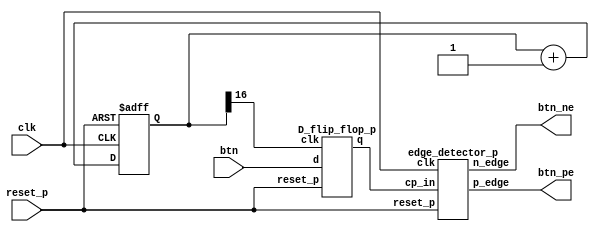
`timescale 1ns / 1ps
module button_cntr(
    input clk,
    input reset_p,
    input btn,
    output btn_pe, 
    output btn_ne
    );
    reg [16:0] clk_div;
    always @(posedge clk or posedge reset_p) begin
        if(reset_p) clk_div <= 0;
        else clk_div <= clk_div + 1;
    end

    wire debounced_btn;
    D_flip_flop_p dff1(.d(btn),.clk(clk_div[16]),.reset_p(reset_p),.q(debounced_btn));
	edge_detector_p edn_top1(.clk(clk), .cp_in(debounced_btn), .reset_p(reset_p), .p_edge(btn_pe), .n_edge(btn_ne));
    
endmodule

module D_flip_flop_p(
    input d,
    input clk,
    input reset_p,
    output reg q
    );
    
    always@(posedge clk or posedge reset_p)begin
        if(reset_p) q = 0;
        else q=d;
    end
    
endmodule

module edge_detector_p(
    input clk,
    input cp_in,
    input reset_p,
    output p_edge,
    output n_edge
);
    reg cp_in_old, cp_in_cur;
    
    always@(posedge clk or posedge reset_p)begin
        if(reset_p) begin
            cp_in_old <= 0;
            cp_in_cur <= 0;
        end
        else begin
            cp_in_old <= cp_in_cur;
            cp_in_cur <= cp_in;
        end
    end
    
    assign p_edge = ~cp_in_old & cp_in_cur;
    assign n_edge = cp_in_old & ~cp_in_cur;
    

endmodule

module T_flip_flop_p(        //clock?? rising edge???? ????
    input clk,t, reset_p,
    output reg q
    );
    
    always@(posedge clk)begin
    if(reset_p) q=0;
    else if(t) q=~q;
    end
    
endmodule

module edge_detector_n(
    input clk,
    input cp_in,
    input reset_p,
    output p_edge,
    output n_edge
);
    reg cp_in_old, cp_in_cur;
    
    always@(negedge clk)begin
        if(reset_p) begin
            cp_in_old <= 0;
            cp_in_cur <= 0;
        end
        else begin
            cp_in_old <= cp_in_cur;
            cp_in_cur <= cp_in;
        end
    end
    
    assign p_edge = ~cp_in_old & cp_in_cur;
    assign n_edge = cp_in_old & ~cp_in_cur;
    

endmodule